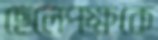
ছেলেপক্ষকে